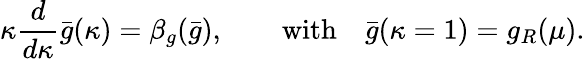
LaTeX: \kappa\frac{d}{d\kappa}\bar{g}(\kappa)=\beta_{g}(\bar{g}),\qquad\mathrm{with}\quad\bar{g}(\kappa=1)=g_{R}(\mu).